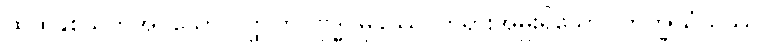
ထိုထိုနှစ်သက်အပ်သော ဝတ္ထုကို။ ဗုဒ္ဓပ္ပမုခဿ၊ ဘုရားအမှူးရှိသော။ ဘိက္ခုသံဃဿ၊